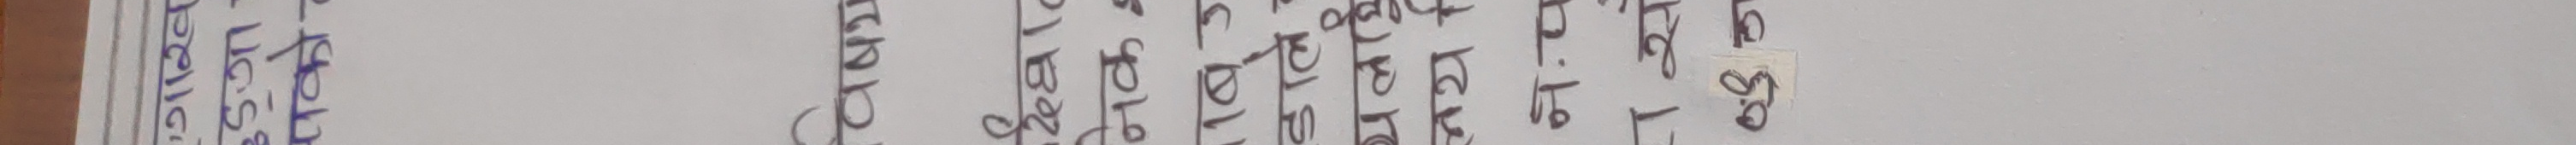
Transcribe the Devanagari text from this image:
प्रतिकूल अवस्थामा कसरी जीवन बाँच्ने ? ९.९०